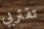
تقتربي